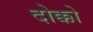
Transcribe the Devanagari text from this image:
दोक्को